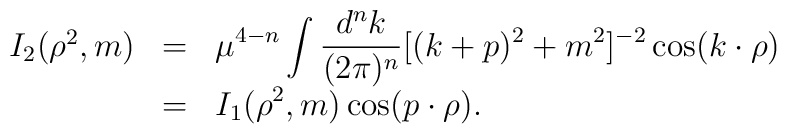
\begin{array}{rcl}I_2(\rho^2,m)&=&\displaystyle \mu^{4-n}\int\frac{d^nk}{(2\pi)^n}[(k+p)^2+m^2]^{-2}\cos(k\cdot \rho)\\&=&\displaystyle I_1(\rho^2,m)\cos(p\cdot \rho).\end{array}